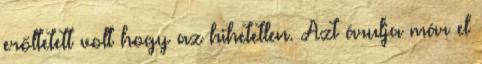
erőltetett volt hogy az hihetetlen. Azt árulja már el